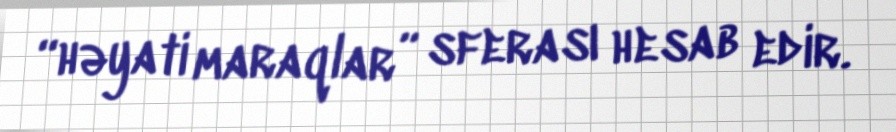
“həyati maraqlar” sferası hesab edir.